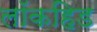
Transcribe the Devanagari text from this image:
लॉकहिड